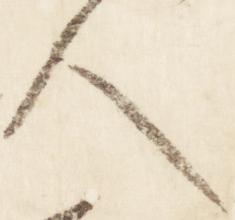
人